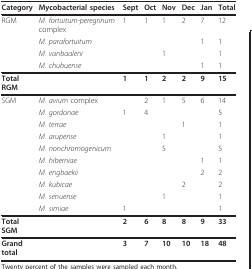
| Category | Mycobacterial species | Sept | Oct | Nov | Dec | Jan | Total |
 | --- | --- | --- | --- | --- | --- | --- | --- |
 | RGM | M. fortuitum-peregrinum complex | 1 | 1 | 1 | 2 | 7 | 12 |
 |  | M. parafortuitum |  |  |  |  | 1 | 1 |
 |  | M. vanbaaleni |  |  | 1 |  |  | 1 |
 |  | M. chubuense |  |  |  |  | 1 | 1 |
 | Total RGM |  | 1 | 1 | 2 | 2 | 9 | 15 |
 | SGM | M. avium complex |  | 2 | 1 | 5 | 6 | 14 |
 |  | M. gordonae | 1 | 4 |  |  |  | 5 |
 |  | M. terrae |  |  |  | 1 |  | 1 |
 |  | M. arupense |  |  | 1 |  |  | 1 |
 |  | M. nonchromogenicum |  |  | 5 |  |  | 5 |
 |  | M. hiberniae |  |  |  |  | 1 | 1 |
 |  | M. engbaekii |  |  |  |  | 2 | 2 |
 |  | M. kubicae |  |  |  | 2 |  | 2 |
 |  | M. senuense |  |  | 1 |  |  | 1 |
 |  | M. simiae | 1 |  |  |  |  | 1 |
 | Total SGM |  | 2 | 6 | 8 | 8 | 9 | 33 |
 | Grand total |  | 3 | 7 | 10 | 10 | 18 | 48 |